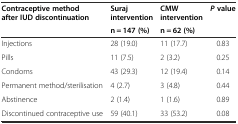
| <ROWSPAN=2> Contraceptive method after IUD discontinuation | Suraj intervention | CMW intervention | <ROWSPAN=2> Pvalue |
 | n = 147 (%) | n = 62 (%) |
 | --- | --- | --- | --- |
 | Injections | 28 (19.0) | 11 (17.7) | 0.83 |
 | Pills | 11 (7.5) | 2 (3.2) | 0.25 |
 | Condoms | 43 (29.3) | 12 (19.4) | 0.14 |
 | Permanent method/sterilisation | 4 (2.7) | 3 (4.8) | 0.44 |
 | Abstinence | 2 (1.4) | 1 (1.6) | 0.89 |
 | Discontinued contraceptive use | 59 (40.1) | 33 (53.2) | 0.08 |